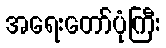
အရေးတော်ပုံကြီး